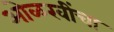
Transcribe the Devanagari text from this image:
ओळखींचा